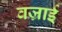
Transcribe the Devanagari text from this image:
वज्राई